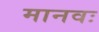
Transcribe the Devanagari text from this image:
मानवः